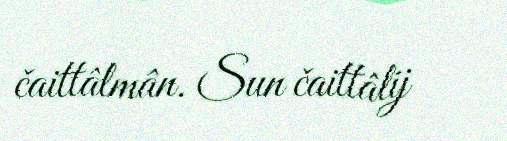
čaittâlmân. Sun čaittâlij